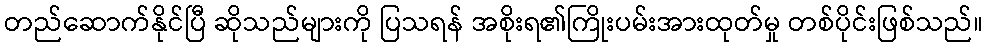
တည်ဆောက်နိုင်ပြီ ဆိုသည်များကို ပြသရန် အစိုးရ၏ကြိုးပမ်းအားထုတ်မှု တစ်ပိုင်းဖြစ်သည်။